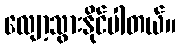
လျော့သွားနိုင်ပါတယ်။